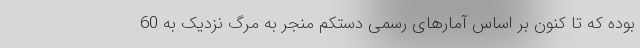
بوده که تا کنون بر اساس آمارهای رسمی دستکم منجر به مرگ نزدیک به 60